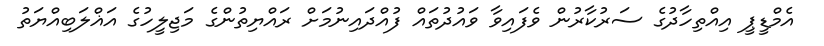
އެމްޑީޕީ އިއްތިހާދުގެ ސަރުކާރުން ވެފައިވާ ވައުދުތައް ފުއްދައިނުމަށް ރައްޔިތުންގެ މަޖިލީހުގެ އަޣްލަބިއްޔަތު